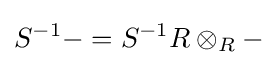
S^{-1}-=S^{-1}R\otimes _{R}-